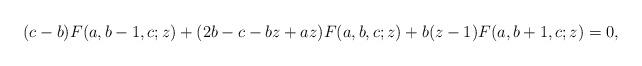
LaTeX: \begin{align*} (c-b)F(a,b-1,c;z)+(2b-c-bz+az)F(a,b,c;z)+b(z-1)F(a,b+1,c;z)=0,\end{align*}